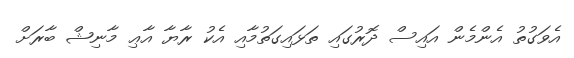
އެވަގުތު އެންމެން އައިސް ދޮރުގައި ތަޅައިގަތުމާއި އެކު ރާޔާ އާޢި މާނިޝް ބާރަށް